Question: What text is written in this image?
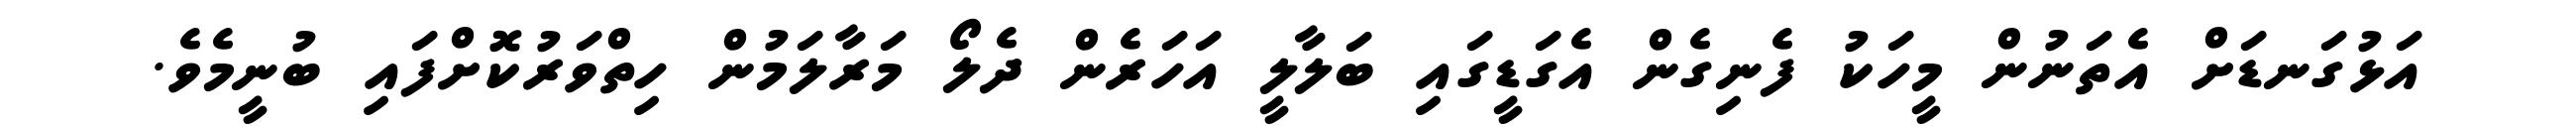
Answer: އަޅުގަނޑަށް އެތަނުން މީހަކު ފެނިގެން އެގަޑީގައި ބަލާލީ އަހަރެން ދެލޯ މަރާލަމުން ހިތްވަރުކޮށްފައި ބުނީމެވެ.